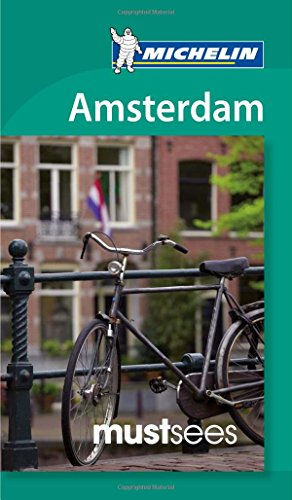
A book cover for Michelin Must Sees Amsterdam (Must See Guides/Michelin); Michelin Travel & Lifestyle; Travel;